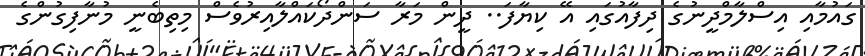
ގައުމާއި އިސްލާމްދީނުގެ ދިފާއުގައި އޭ ކިޔާފަ.. ދީން މަރާ ސަންދޯކައްލާއިރުވެސް މިތިބެނީ މުނާފިގުންގެ